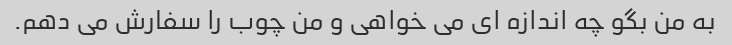
به من بگو چه اندازه ای می خواهی و من چوب را سفارش می دهم.